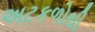
અટકળોથી